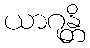
ယာဂုန္တိ